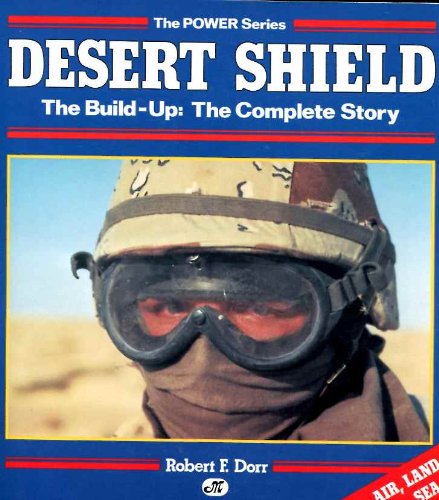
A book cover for Desert Shield: The Build-Up : The Complete Story (Military Power); Robert F. Dorr; History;